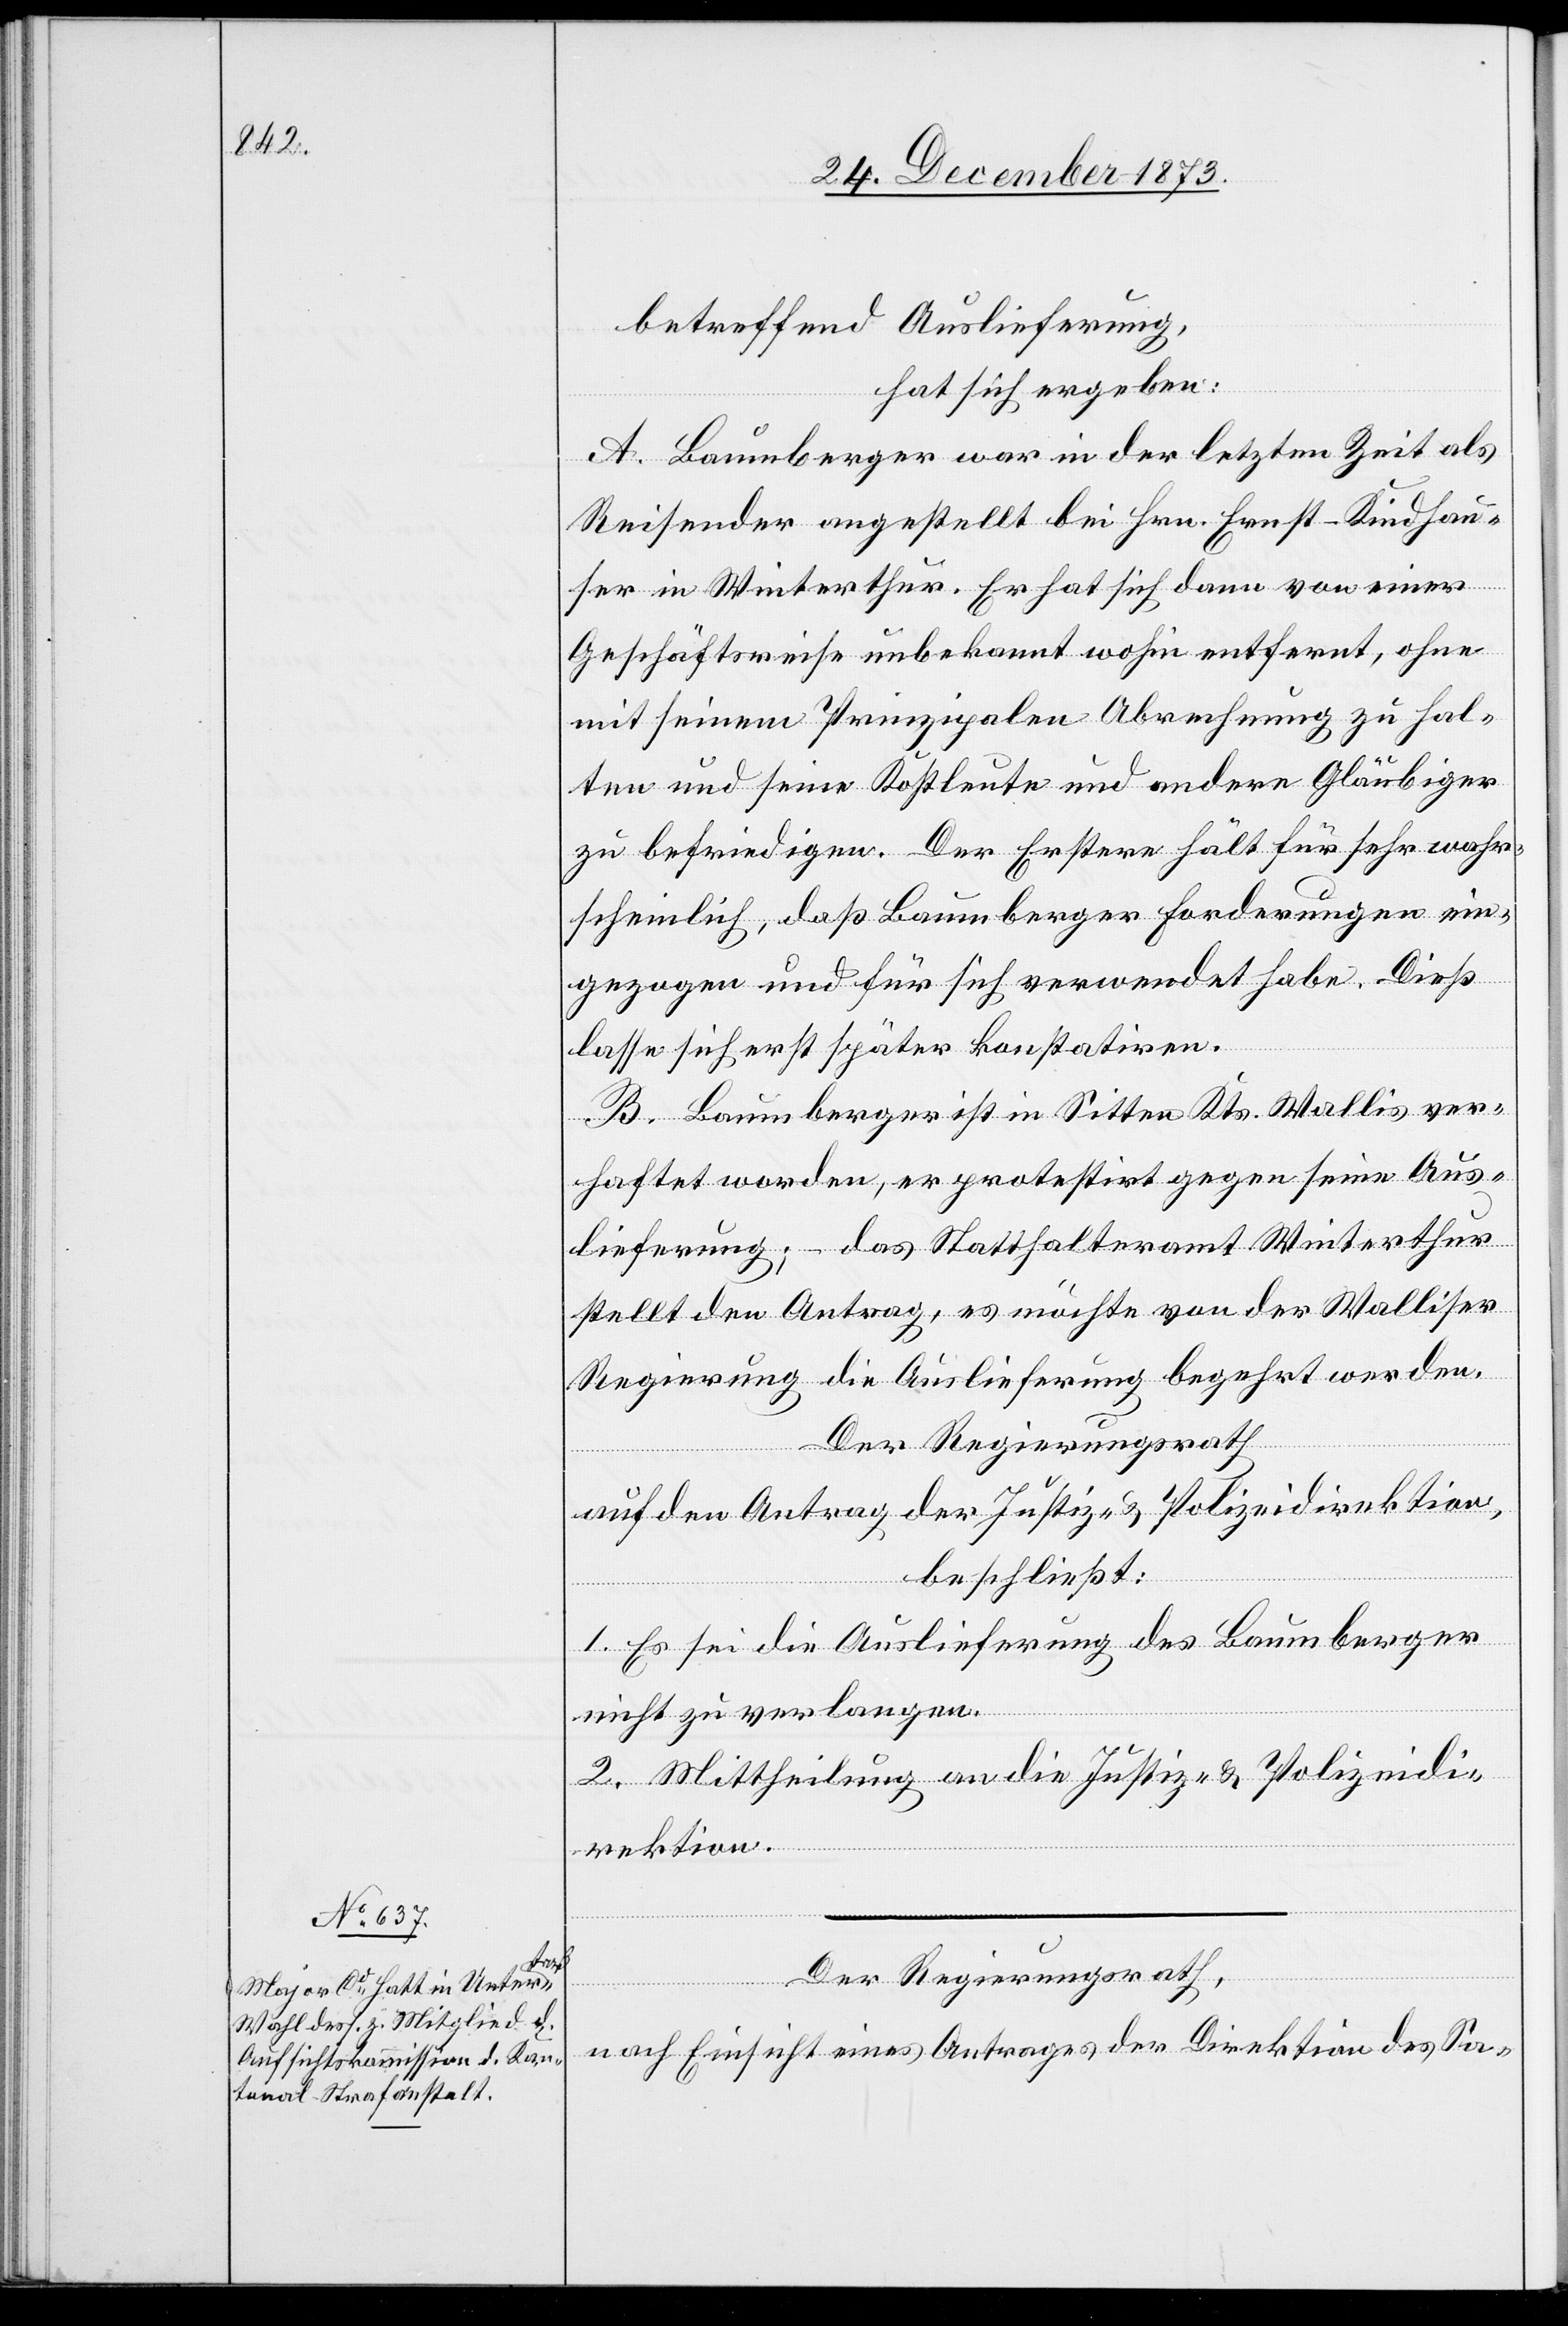
betreffend Auslieferung,
hat sich ergeben:
A. Baumberger war in der letzten Zeit als
Reisender angestellt bei Hrn. Ernst-Kindhau¬
ser in Winterthur. Er hat sich dann von einer
Geschäftsreise unbekannt wohin entfernt, ohne
mit seinem Prinzipalen Abrechnung zu hal¬
ten und seine Kostleute und andere Gläubiger
zu befriedigen. Der Erstere hält für sehr wahr¬
scheinlich, daß Baumberger Forderungen ein¬
gezogen und für sich verwendet habe. Dieß
lasse sich erst später konstatiren.
B. Baumberger ist in Sitten Kts. Wallis ver¬
haftet worden, er protestirt gegen seine Aus¬
lieferung; – das Statthalteramt Winterthur
stellt den Antrag, es möchte von der Walliser
Regierung die Auslieferung begehrt werden.
Der Regierungsrath
auf den Antrag der Justiz- & Polizeidirektion,
beschließt:
1. Es sei die Auslieferung des Baumberger
nicht zu verlangen.
2. Mittheilung an die Justiz- & Polizeidi¬
rektion.
Der Regierungsrath,
nach Einsicht eines Antrages der Direktion des Sa-